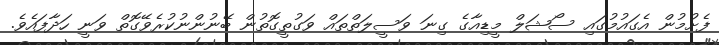
ފެށުމުން އެގައުމުގައި ސޯޝަލް މީޑިއާގެ ގިނަ ވަސީލަތްތައް ވަގުތީގޮތުން ބޭނުންނުކުރެވޭގޮތް ވަނީ ހަދާފައެވެ.